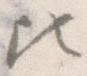
ひ